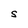
Character: S